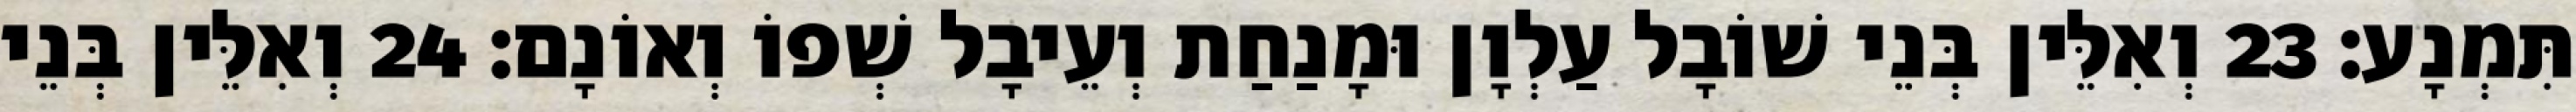
תִּמְנָע׃ 23 וְאִלֵּין בְּנֵי שׁוֹבָל עַלְוָן וּמָנַחַת וְעֵיבָל שְׁפוֹ וְאוֹנָם׃ 24 וְאִלֵּין בְּנֵי